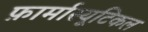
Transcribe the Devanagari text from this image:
फ़ार्मास्यूटिकल